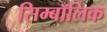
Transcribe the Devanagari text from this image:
सिम्बॉलिक